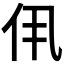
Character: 𫢐